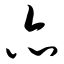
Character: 亦